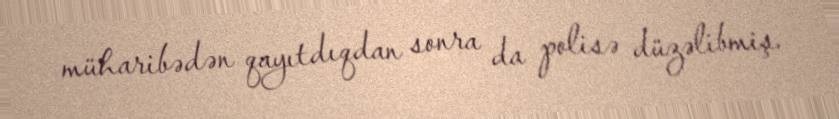
müharibədən qayıtdıqdan sonra da polisə düzəlibmiş.